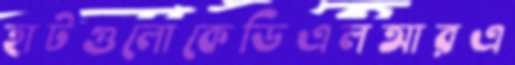
হাটগুলোকেডিএলআরএ